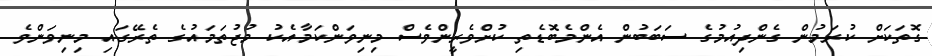
ގޮތަކަށް ކުރަމުން ގެންދިއުމުގެ ސަބަބުން އެންމެބޮޑެތި ކުށްވެރީންވެސް މިނިވަންކަމާއެކު މުޖުތަމައުގެ ތެރޭގައި މިނިވަންވެ